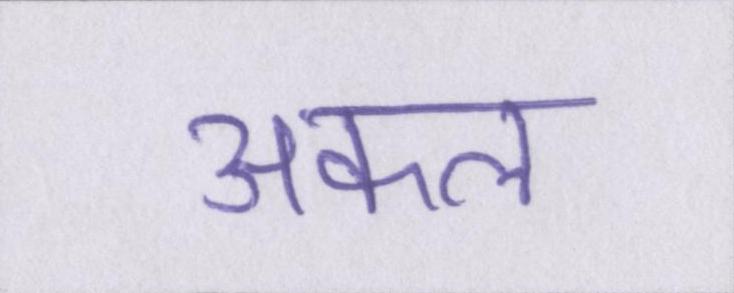
अकल